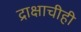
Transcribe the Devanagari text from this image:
द्राक्षाचीही